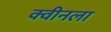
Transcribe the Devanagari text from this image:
क्वीनला